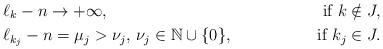
LaTeX: \begin{align*}& \ell_k - n \rightarrow +\infty, &\mbox{ if } k \notin J,\\&\ell_{k_j} - n = \mu_j>\nu_j, \, \nu_j\in\mathbb N\cup\{0\}, &\mbox{ if }k_j \in J.\end{align*}